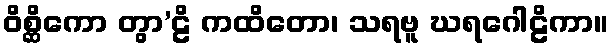
ဝိစ္ဆိကော တွာ’ဠိ ကထိတော၊ သရဗူ ဃရဂေါဠိကာ။